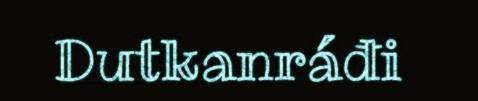
Dutkanráđi